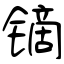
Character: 镝